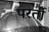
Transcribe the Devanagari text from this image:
परर्तो